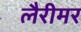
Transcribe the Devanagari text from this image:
लैरीमर